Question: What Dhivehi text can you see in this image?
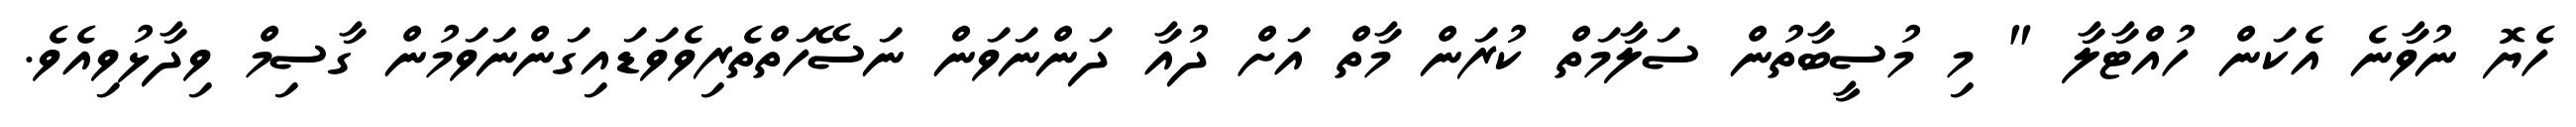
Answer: ހެޔޮ ނުވާނެ އެކަން ހުއްޓާލާ " މި މުސީބާތުން ސަލާމަތް ކުރަން މާތް އަށް ދުއާ ދަންނަވަން ނަސޭހަތްތެރިވެވަޑައިގަންނަވަމުން ގާސިމް ވިދާޅުވިއެވެ.